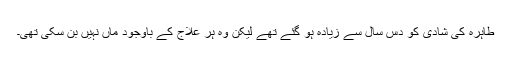
طاہرہ کی شادی کو دس سال سے زیادہ ہو گئے تھے لیکن وہ ہر علاج کے باوجود ماں نہیں بن سکی تھی۔